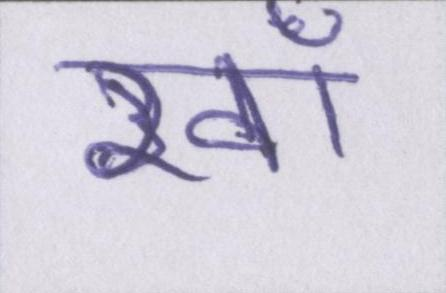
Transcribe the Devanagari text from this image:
ख़ाँ